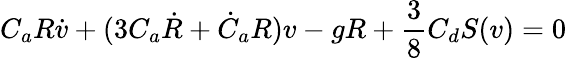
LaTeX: C_{a}R\dot{v}+(3C_{a}\dot{R}+\dot{C}_{a}R)v-gR+\frac{3}{8}C_{d}S(v)=0